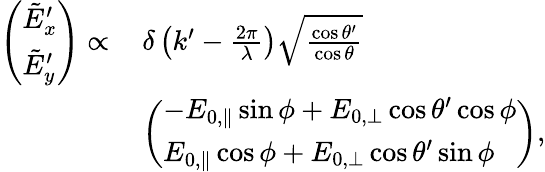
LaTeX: \begin{array}{rl}{\left(\begin{array}{l}{\tilde{E}_{x}^{\prime}}\\ {\tilde{E}_{y}^{\prime}}\end{array}\right)\propto\, }&{\delta\left(k^{\prime}-\frac{2\pi}{\lambda}\right)\sqrt{\frac{\cos\theta^{\prime}}{\cos\theta}}}\\ &{\left(\begin{array}{l}{-E_{0,\parallel}\sin\phi+E_{0,\perp}\cos\theta^{\prime}\cos\phi}\\ {E_{0,\parallel}\cos\phi+E_{0,\perp}\cos\theta^{\prime}\sin\phi}\end{array}\right),}\end{array}